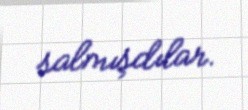
salmışdılar.